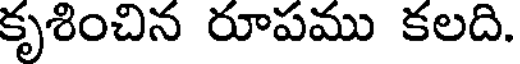
కృశించిన రూపము కలది.